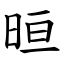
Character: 晅